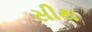
સીથ